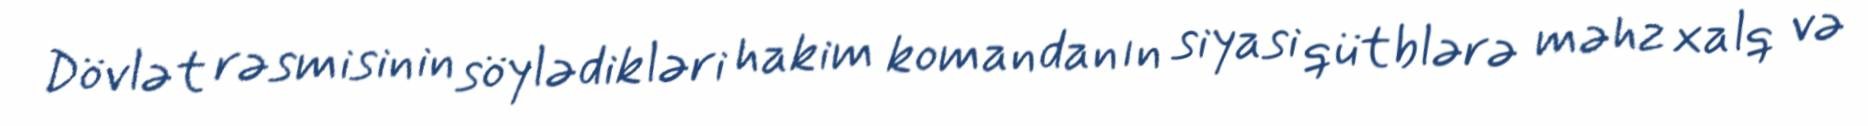
Dövlət rəsmisinin söylədikləri hakim komandanın siyasi qütblərə məhz xalq və